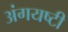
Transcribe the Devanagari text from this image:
अंगयष्टी